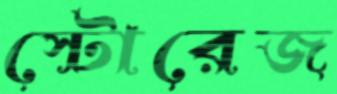
স্টোরেজ